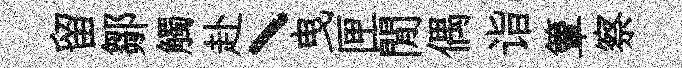
留鄒觸赴丶曳匣閒偶诣簟察